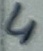
Text: 4